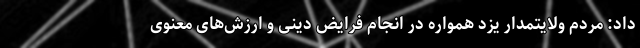
داد: مردم ولایتمدار یزد همواره در انجام فرایض دینی و ارزش‌های معنوی